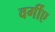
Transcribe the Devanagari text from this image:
वर्गीए